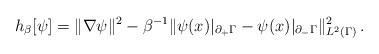
LaTeX: \begin{align*} h_\beta[\psi]= \|\nabla \psi\|^2-\beta^{-1}\|\psi(x)|_{\partial_+\Gamma}-\psi(x)|_{\partial_-\Gamma}\|^2_{L^2(\Gamma)}\,.\end{align*}